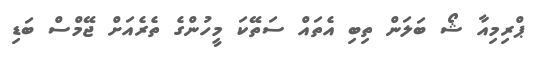
ޕްރިމިއާ ޝޯ ބަލަން ތިބި އެތައް ސަތޭކަ މީހުންގެ ތެރެއަށް ޖޭމްސް ބަޑި